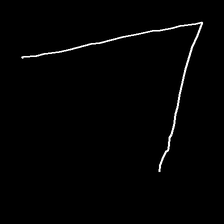
Glyph: region